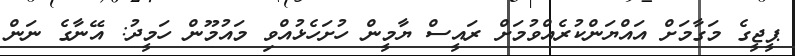
ޕީޖީގެ މަގާމަށް އައްޔަންކުރެއްވުމަށް ރައީސް ޔާމީން ހުށަހެޅުއްވި މައުމޫން ހަމީދު: އޭނާގެ ނަން